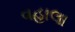
વહાલા